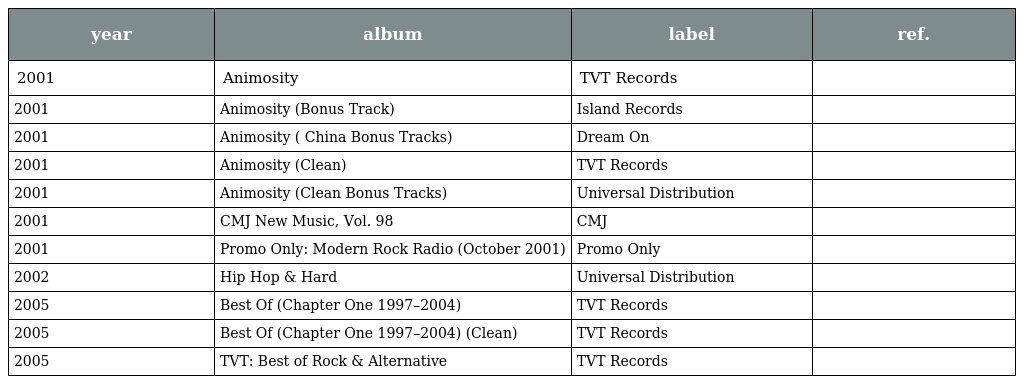
| year | album | label | ref. |
 | --- | --- | --- | --- |
 | 2001 | Animosity | TVT Records |  |
 | 2001 | Animosity (Bonus Track) | Island Records |  |
 | 2001 | Animosity ( China Bonus Tracks) | Dream On |  |
 | 2001 | Animosity (Clean) | TVT Records |  |
 | 2001 | Animosity (Clean Bonus Tracks) | Universal Distribution |  |
 | 2001 | CMJ New Music, Vol. 98 | CMJ |  |
 | 2001 | Promo Only: Modern Rock Radio (October 2001) | Promo Only |  |
 | 2002 | Hip Hop & Hard | Universal Distribution |  |
 | 2005 | Best Of (Chapter One 1997–2004) | TVT Records |  |
 | 2005 | Best Of (Chapter One 1997–2004) (Clean) | TVT Records |  |
 | 2005 | TVT: Best of Rock & Alternative | TVT Records |  |